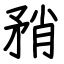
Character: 矟